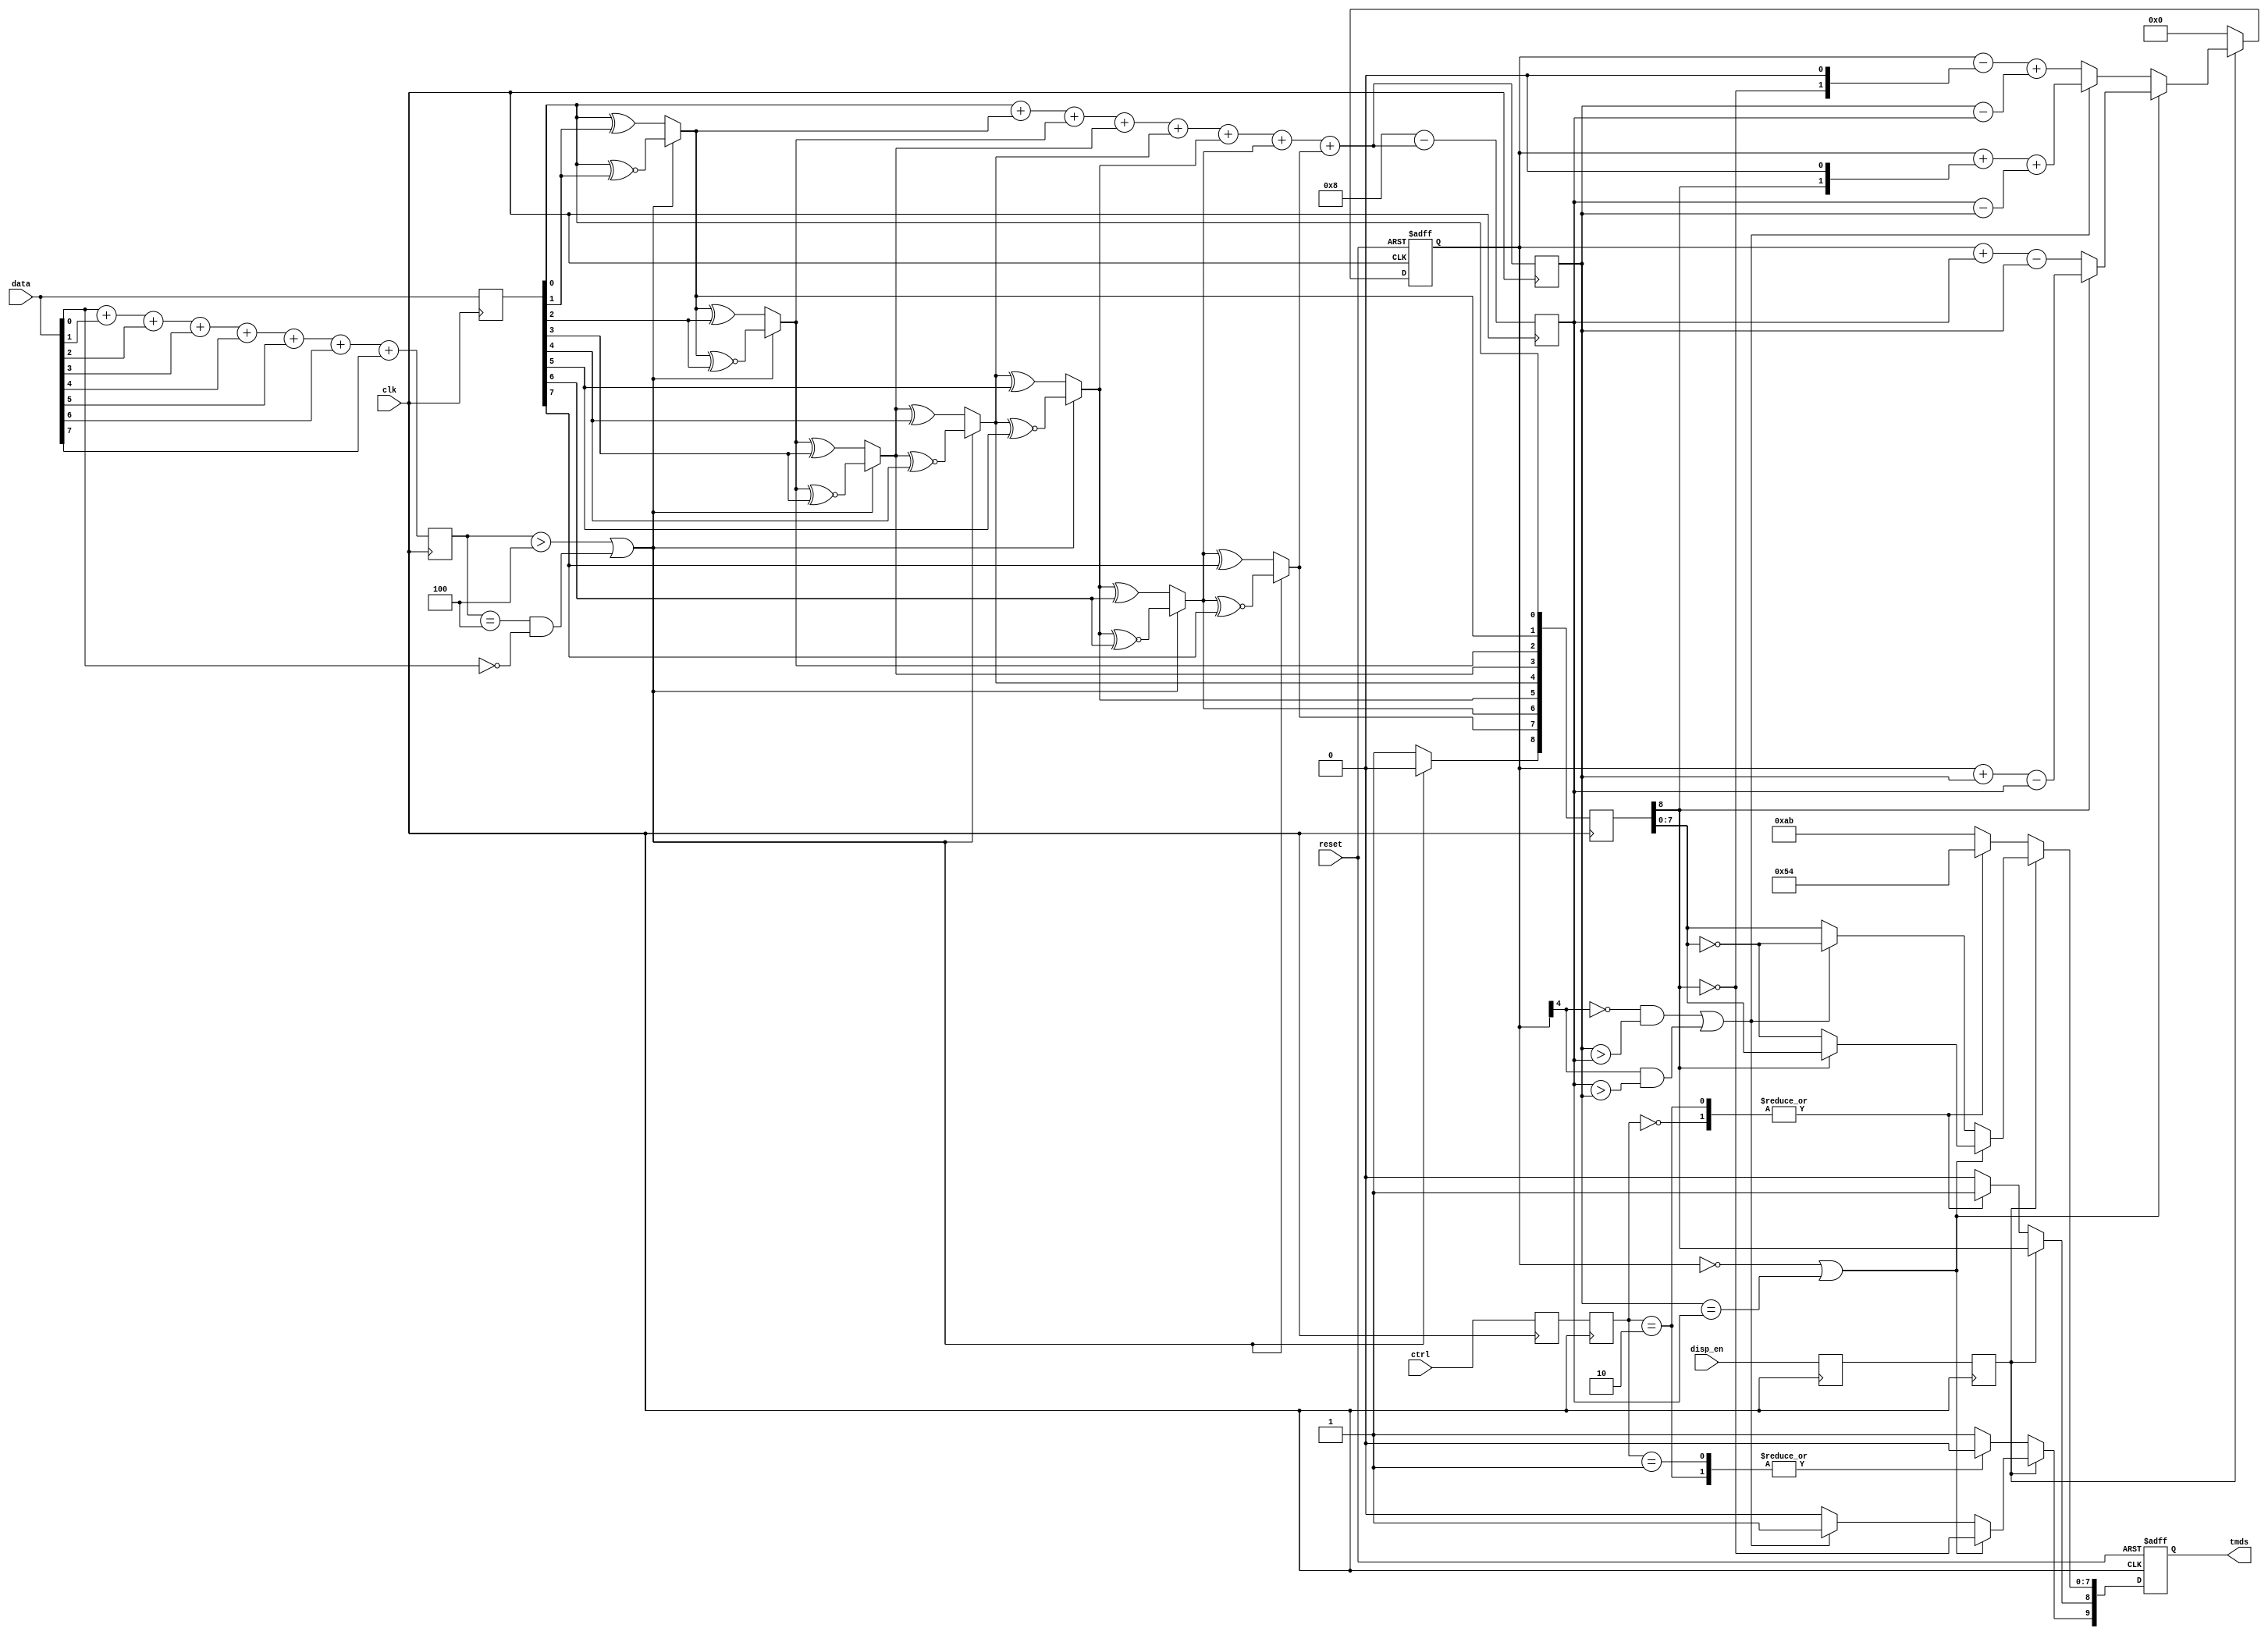
/*
----------------------------------------
Stereoscopic Vision System
Senior Design Project - Team 11
California State University, Sacramento
Spring 2015 / Fall 2015
----------------------------------------

TMDS Encoder

Authors:  Greg M. Crist, Jr. (gmcrist@gmail.com)

Description:
  TMDS Encoder
*/
module tmds_encoder(clk, reset, disp_en, ctrl, data, tmds);
    input clk;          // Clock signal
    input reset;        // Reset signal (active-low)
    input disp_en;      // Display data or control data
    input [1:0] ctrl;   // Control bits
    input [7:0] data;   // Input data
    output reg [9:0] tmds;  // TMDS output

    // # of ones for data, # of ones for q_m, # of zeros for q_m
    reg [3:0] n1d, n1q_m, n0q_m;

    // Buffer for first stage data input
    reg [7:0] data_buf;

    // Buffer for first stage data output
    wire [8:0] q_m;

    // operation for 1st stage data transformation
    wire op;

    // signals for pipelining
    reg disp_en_q, disp_en_reg;
    reg [1:0] ctrl_q, ctrl_reg;
    reg [8:0] q_m_reg;

    // Disparity counter
    reg [4:0] disparity;

    // 1st stage: 8-bit to 9-bit transformation

    // Determine XNOR vs XOR operation
    assign op = (n1d > 4'd4) || (n1d == 4'd4 && data[0] == 1'b0);

    // Perform operation
    assign q_m[0] = data_buf[0];
    assign q_m[1] = (op) ? (q_m[0] ^~ data_buf[1]) : (q_m[0] ^ data_buf[1]);
    assign q_m[2] = (op) ? (q_m[1] ^~ data_buf[2]) : (q_m[1] ^ data_buf[2]);
    assign q_m[3] = (op) ? (q_m[2] ^~ data_buf[3]) : (q_m[2] ^ data_buf[3]);
    assign q_m[4] = (op) ? (q_m[3] ^~ data_buf[4]) : (q_m[3] ^ data_buf[4]);
    assign q_m[5] = (op) ? (q_m[4] ^~ data_buf[5]) : (q_m[4] ^ data_buf[5]);
    assign q_m[6] = (op) ? (q_m[5] ^~ data_buf[6]) : (q_m[5] ^ data_buf[6]);
    assign q_m[7] = (op) ? (q_m[6] ^~ data_buf[7]) : (q_m[6] ^ data_buf[7]);
    assign q_m[8] = (op) ? 1'b0 : 1'b1;
    
    always @ (posedge clk) begin
        data_buf <= data;

        // Count the ones in the input data
        n1d    <= data[0] + data[1] + data[2] + data[3] + data[4] + data[5] + data[6] + data[7];

        // Count the ones from the first stage data
        n1q_m  <= q_m[0] + q_m[1] + q_m[2] + q_m[3] + q_m[4] + q_m[5] + q_m[6] + q_m[7];

        // Count the zeros from the first stage data
        n0q_m  <= 4'h8 - (q_m[0] + q_m[1] + q_m[2] + q_m[3] + q_m[4] + q_m[5] + q_m[6] + q_m[7]);

        // Pipelining of key signals
        disp_en_q   <= disp_en;
        disp_en_reg <= disp_en_q;

        ctrl_q      <= ctrl;
        ctrl_reg    <= ctrl_q;

        q_m_reg     <= q_m;
    end

    // 2nd stage: 9-bit to 10-bit transformation
    always @ (posedge clk or negedge reset) begin
        if (~reset) begin
            tmds <= 10'd0;
            disparity <= 5'd0;
        end
        else begin
            if (disp_en_reg) begin
                if ((disparity == 5'h0) | (n1q_m == n0q_m)) begin
                    tmds[9]   <= ~q_m_reg[8];
                    tmds[8]   <= q_m_reg[8];
                    tmds[7:0] <= (q_m_reg[8]) ? q_m_reg[7:0] : ~q_m_reg[7:0];

                    disparity <= (~q_m_reg[8]) ? (disparity + n0q_m - n1q_m) : (disparity + n1q_m - n0q_m);
                end
                else begin
                    if ((~disparity[4] & (n1q_m > n0q_m)) | (disparity[4] & (n0q_m > n1q_m))) begin
                        tmds[9]   <= 1'b1;
                        tmds[8]   <= q_m_reg[8];
                        tmds[7:0] <= ~q_m_reg[7:0];

                        disparity <= disparity + {q_m_reg[8], 1'b0} + (n0q_m - n1q_m);
                    end
                    else begin
                        tmds[9]   <= 1'b0;
                        tmds[8]   <= q_m_reg[8];
                        tmds[7:0] <= q_m_reg[7:0];

                        disparity <= disparity - {~q_m_reg[8], 1'b0} + (n1q_m - n0q_m);
                    end
                end
            end
            else begin
                // Control data from: https://en.wikipedia.org/wiki/Transition-minimized_differential_signaling
                case (ctrl_reg)
                    2'b00: tmds <= 10'b1101010100;
                    2'b01: tmds <= 10'b0010101011;
                    2'b10: tmds <= 10'b0101010100;
                    default: tmds <= 10'b1010101011;
                endcase
    
                disparity <= 4'd0;
            end
        end
    end
endmodule